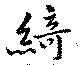
綺